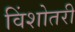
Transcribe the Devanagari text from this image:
विंशोतरी